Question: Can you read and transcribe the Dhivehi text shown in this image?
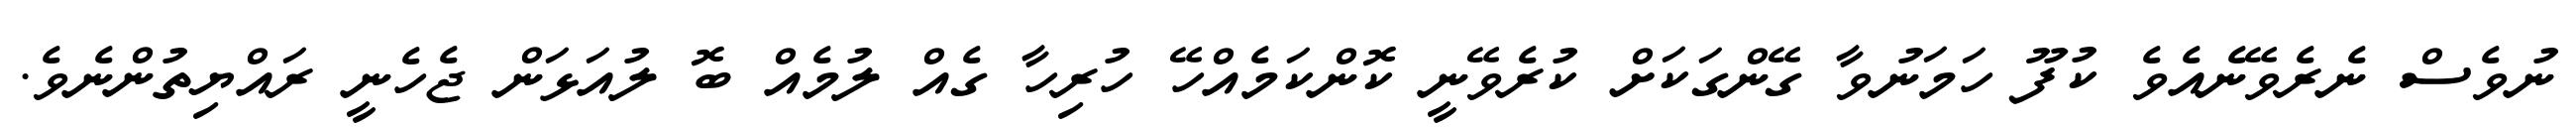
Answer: ނުވެސް ނެރެވޭނެއެވެ ކުފޫ ހަމަނުވާ ގޭންގަކަށް ކުރެވޭނީ ކޮންކަމެއްހޭ ހުރިހާ ގެއް ލުމެއް ބޮ ލުއަޅަން ޖެހެނީ ރައްޔިތުންނެވެ.